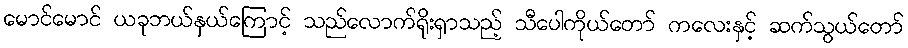
မောင်မောင် ယခုဘယ်နှယ်ကြောင့် သည်လောက်ရိုးရှာသည့် သီပေါကိုယ်တော် ကလေးနှင့် ဆက်သွယ်တော်